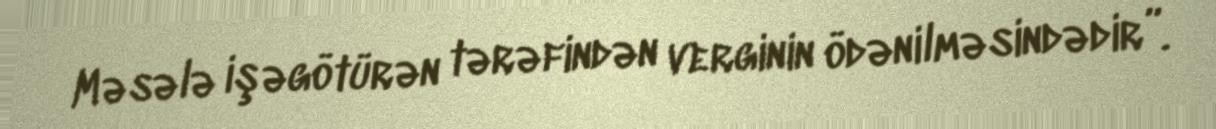
Məsələ işəgötürən tərəfindən verginin ödənilməsindədir”.